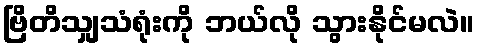
ဗြိတိသျှသံရုံးကို ဘယ်လို သွားနိုင်မလဲ။